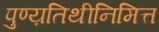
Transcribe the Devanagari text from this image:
पुण्य़तिथीनिमित्त